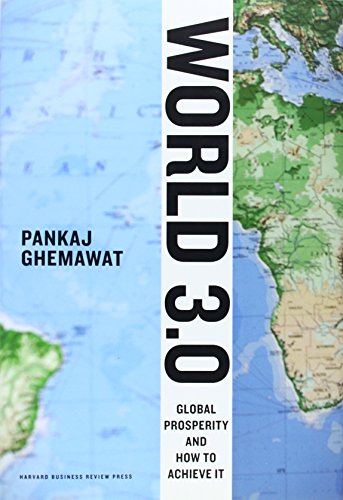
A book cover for World 3.0: Global Prosperity and How to Achieve It; Pankaj Ghemawat; Business & Money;